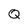
Character: Q